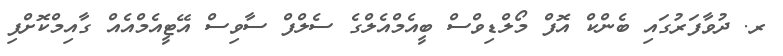
ރ. ދުވާފަރުގައި ބެންކް އޮފް މޯލްޑިވްސް ބީއެމްއެލްގެ ސެލްފް ސާވިސް އޭޓީއެމްއެއް ގާއިމްކޮށްފި